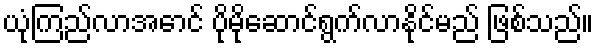
ယုံကြည်လာအောင် ပိုမိုဆောင်ရွက်လာနိုင်မည် ဖြစ်သည်။